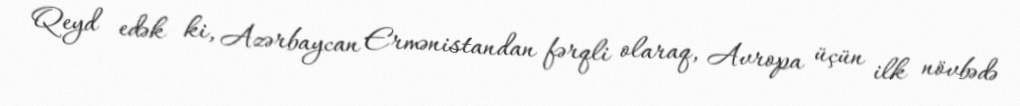
Qeyd edək ki, Azərbaycan Ermənistandan fərqli olaraq, Avropa üçün ilk növbədə